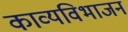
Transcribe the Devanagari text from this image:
काव्यविभाजन